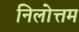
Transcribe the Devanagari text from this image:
निलोत्तम